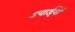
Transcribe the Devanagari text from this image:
उचाईयों